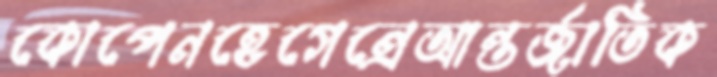
কোপেনহেগেন্রেআন্তর্জাতিক